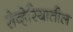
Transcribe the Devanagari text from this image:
सेव्हेरियातील